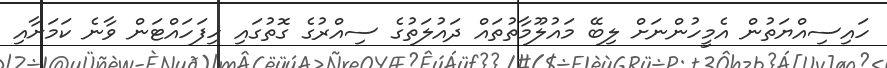
ހައިސިއްޔަތުން އެމީހުންނަށް ލިބޭ މައުލޫމާތުތައް ދައުލަތުގެ ސިއްރުގެ ގޮތުގައި ހިފަހައްޓަން ވާނެ ކަމަށާއި